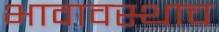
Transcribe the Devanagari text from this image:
भावावस्थाच